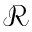
\mathcal { R }